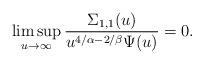
LaTeX: \begin{align*} \limsup_{u\rightarrow\infty}\frac{\Sigma_{1,1}(u)}{ u^{{4}/{\alpha}-{2}/{\beta}}\Psi(u)}=0.\end{align*}